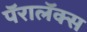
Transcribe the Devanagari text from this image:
पॅरालॅक्स